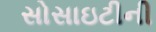
સોસાઇટીની